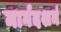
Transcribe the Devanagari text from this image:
मार्गदशर्न